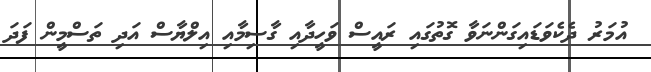
އުމަރު ދެކެވަޑައިގަންނަވާ ގޮތުގައި ރައީސް ވަހީދާއި ގާސިމާއި އިލްޔާސް އަދި ތަސްމީން ފަދަ